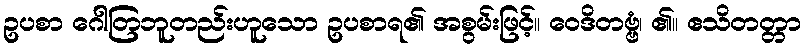
ဥပစာ ဂေါတြဘူတည်းဟူသော ဥပစာရ၏ အစွမ်းဖြင့်။ ဝေဒိတဗ္ဗံ၊ ၏။ ဧသိတတ္တာ